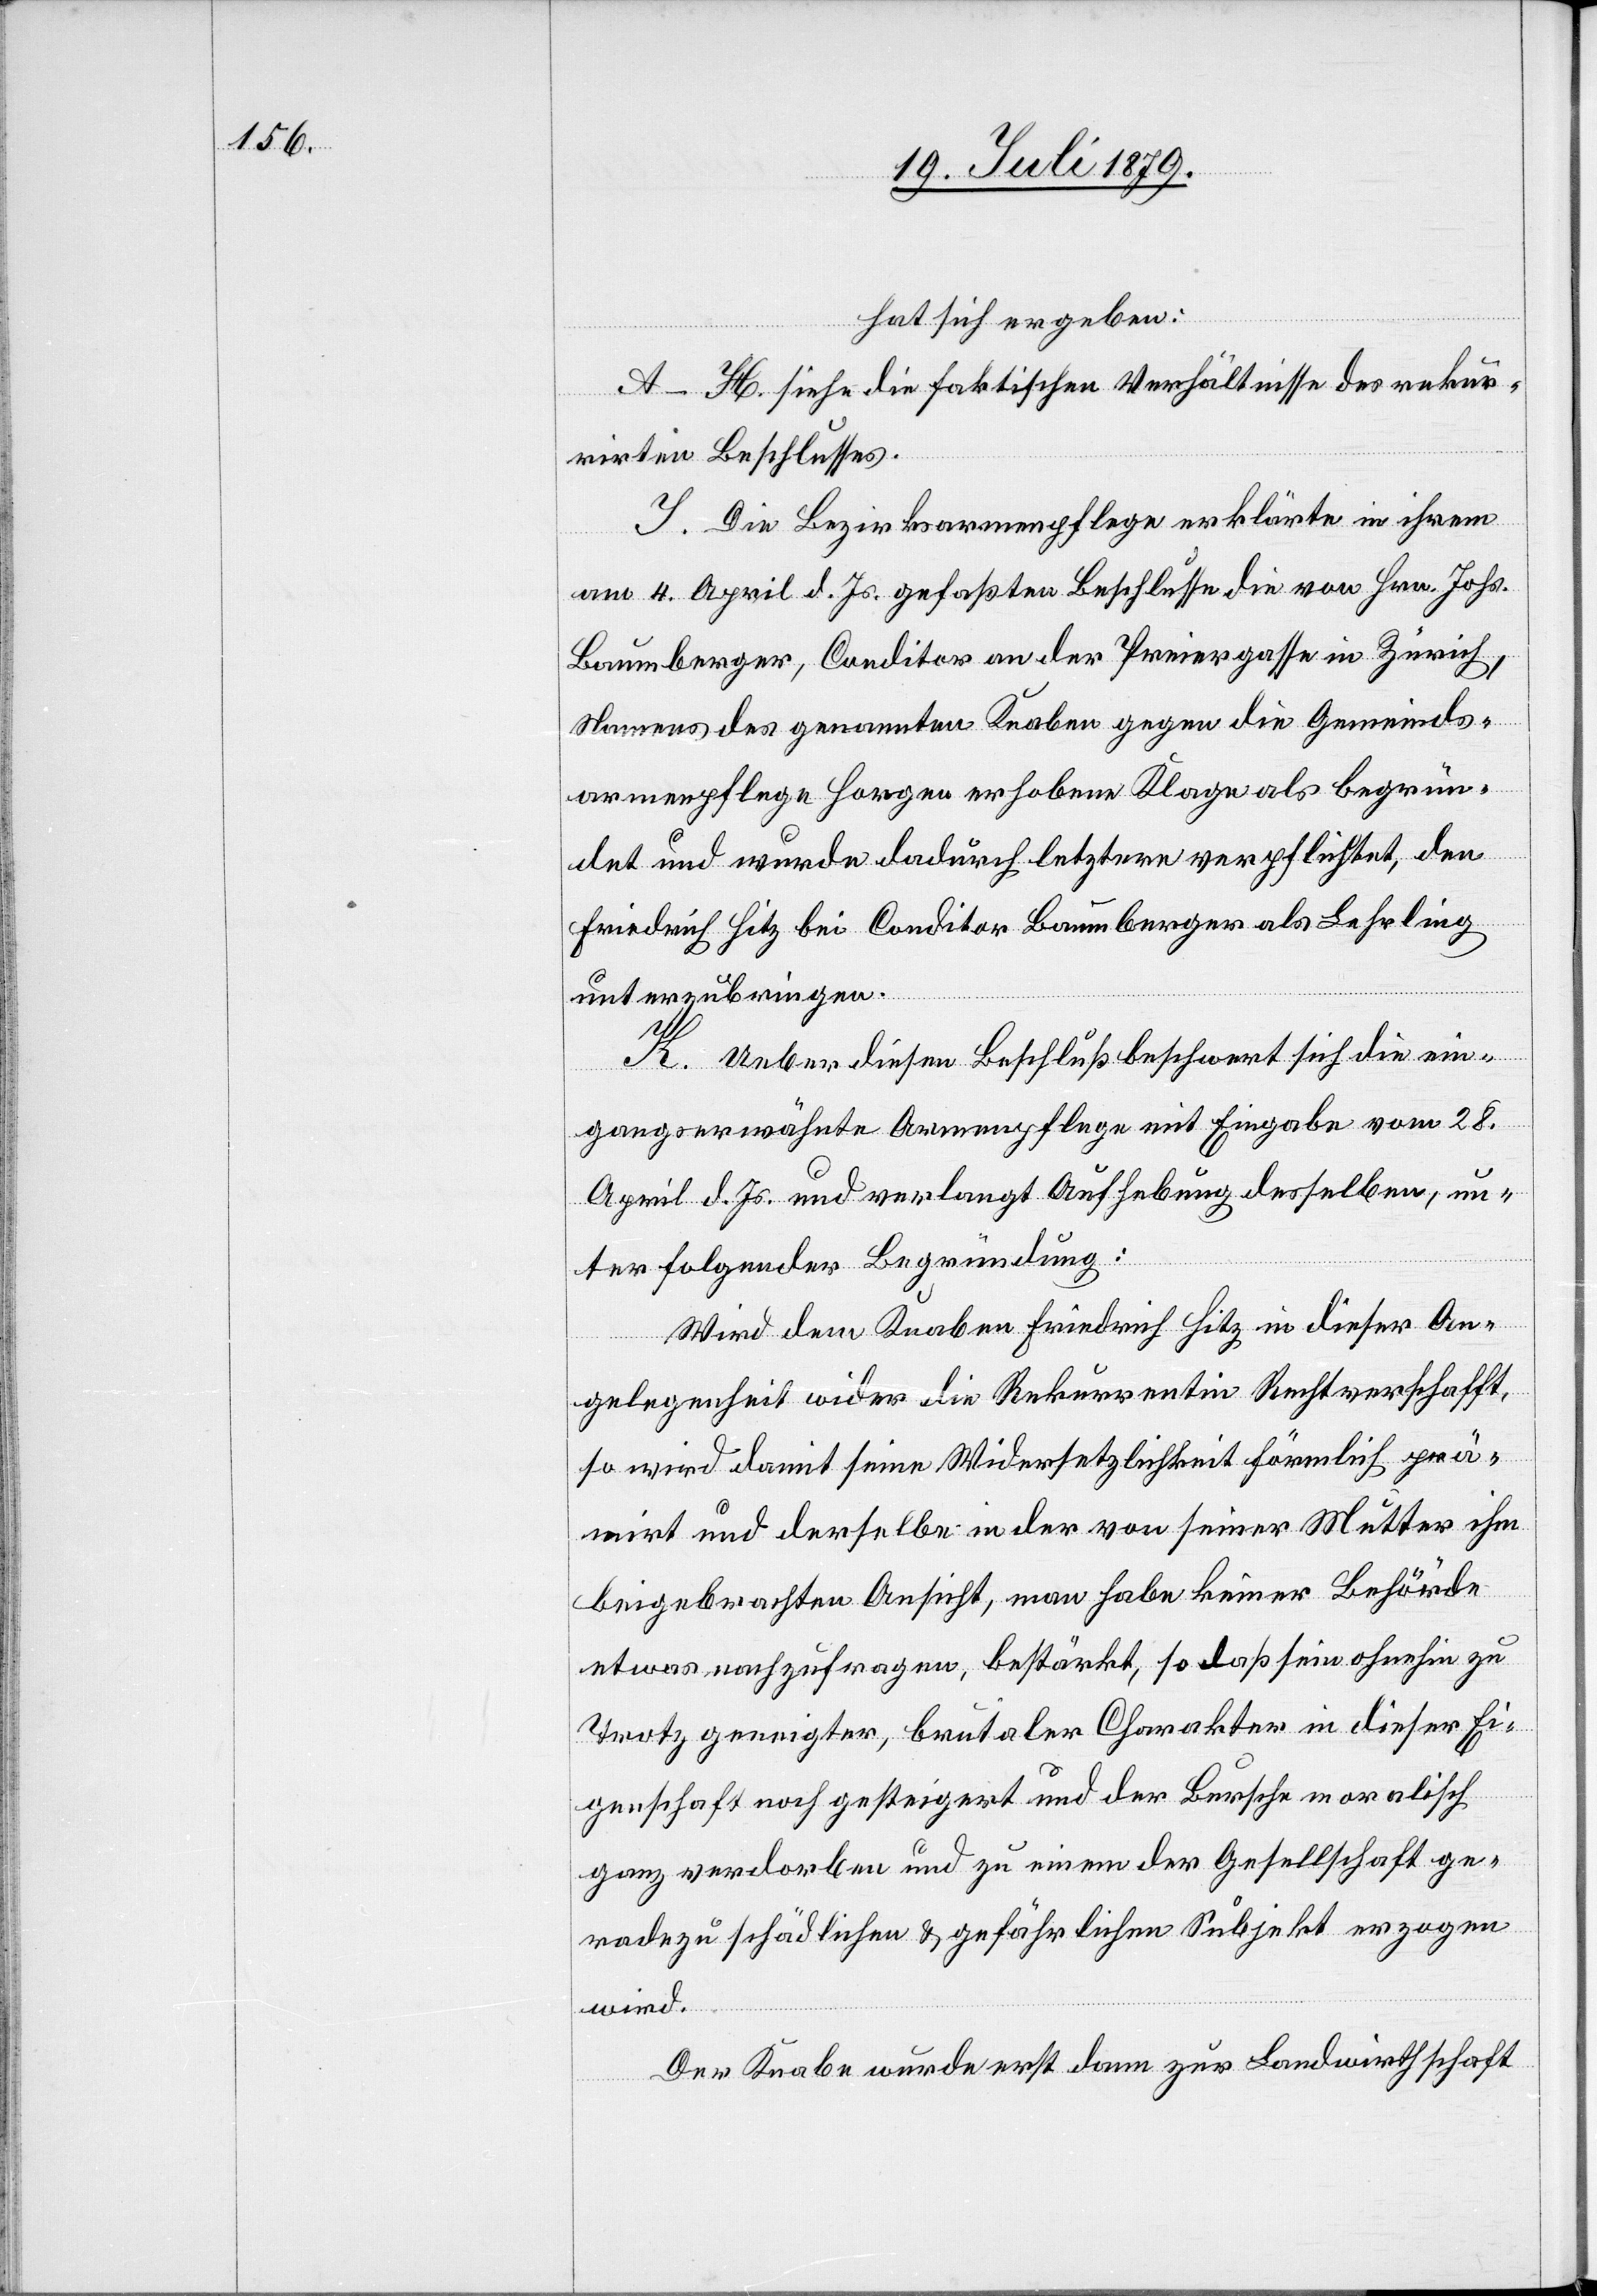
hat sich ergeben:
A–H. siehe die faktischen Verhältnisse des rekur¬
rirten Beschlusses.
I. Die Bezirksarmenpflege erklärte in ihrem
am 4. April d. Js. gefaßten Beschlusse die von Hrn. Johs.
Baumberger, Conditor an der Preiergasse in Zürich,
Namens des genannten Knaben gegen die Gemeinds¬
armenpflege Horgen erhobene Klage als begrün¬
det und wurde dadurch letztere verpflichtet, den
Friedrich Hitz bei Conditor Baumberger als Lehrling
unterzubringen.
K. Ueber diesen Beschluß beschwert sich die ein¬
gangserwähnte Armenpflege mit Eingabe vom 28.
April d. Js. und verlangt Aufhebung desselben, un¬
ter folgender Begründung:
Wird dem Knaben Friedrich Hitz in dieser An¬
gelegenheit wider die Rekurrentin Recht verschafft,
so wird damit seine Widersetzlichkeit förmlich prä¬
mirt und derselbe in der von seiner Mutter ihm
beigebrachten Ansicht, man habe keiner Behörde
etwas nachzufragen, bestärkt, so daß sein ohnehin zu
Trotz geneigter brutaler Charakter in dieser Ei¬
genschaft noch gesteigert und der Bursche moralisch
ganz verdorben und zu einem der Gesellschaft ge¬
radezu schädlichen & gefährlichen Subjekt erzogen
wird.
Der Knabe wurde erst dann zur Landwirthschaft